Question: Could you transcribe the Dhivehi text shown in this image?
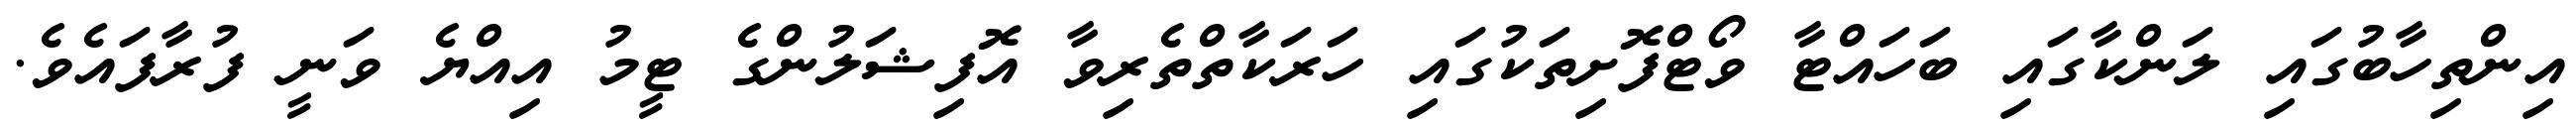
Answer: އިންތިހާބުގައި ލަންކާގައި ބަހައްޓާ ވޯޓްފޮށިތަކުގައި ހަރަކާތްތެރިވާ އޮފިޝަލުންގެ ޓީމު އިއްޔެ ވަނީ ފުރާފައެވެ.